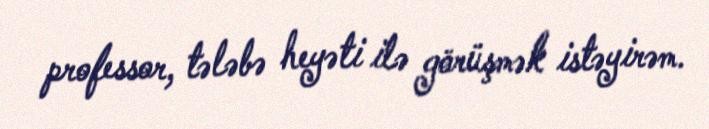
professor, tələbə heyəti ilə görüşmək istəyirəm.